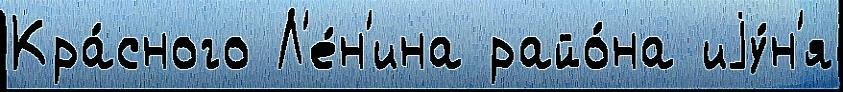
Кра́сного Л'е́н'ина райо́на иjу́н'я